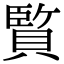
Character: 𮚕